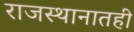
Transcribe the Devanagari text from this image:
राजस्थानातही